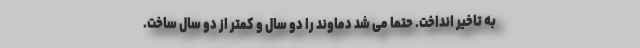
به تاخیر انداخت. حتماً می شد دماوند را دو سال و کمتر از دو سال ساخت.